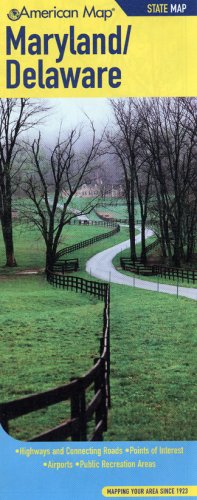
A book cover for American Map Maryland/ Delaware; Travel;